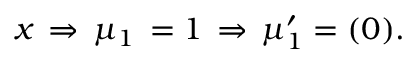
{ x } \, \Rightarrow \, \mu _ { 1 } \, = 1 \, \Rightarrow \, \mu _ { 1 } ^ { \prime } = ( 0 ) . \nonumber \,